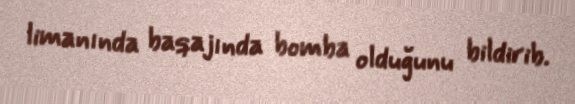
limanında baqajında bomba olduğunu bildirib.